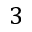
3